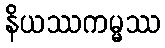
နိယဿကမ္မဿ